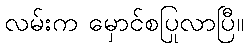
လမ်းက မှောင်စပြုလာပြီ။